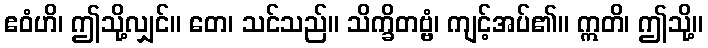
ဧဝံဟိ၊ ဤသို့လျှင်။ တေ၊ သင်သည်။ သိက္ခိတဗ္ဗံ၊ ကျင့်အပ်၏။ ဣတိ၊ ဤသို့။